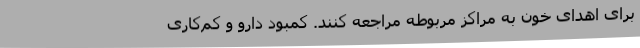
برای اهدای خون به مراکز مربوطه مراجعه کنند. کمبود دارو و کم‌کاری